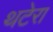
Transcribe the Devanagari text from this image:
थटेरा